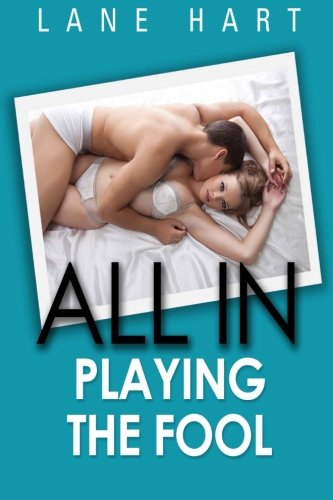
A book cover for All In: Playing the Fool (Gambling with Love); Lane Hart; Romance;